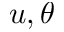
u , \theta